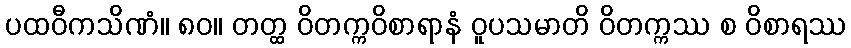
ပထဝီကသိဏံ။ ၈၀။ တတ္ထ ဝိတက္ကဝိစာရာနံ ဝူပသမာတိ ဝိတက္ကဿ စ ဝိစာရဿ